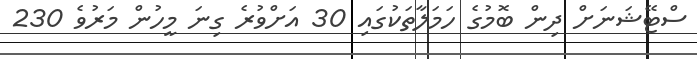
ސްޓޭޝަނަށް ދިން ބޮމުގެ ހަމަލާތަކުގައި 30 އަށްވުރެ ގިނަ މީހުން މަރުވެ 230